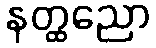
နတ္ထညော